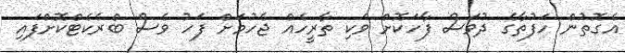
އެގޮތުން ހަފުތާގެ ދުވަސް ފާހަކޮށް ވަކި ތާރީހެއް ޖެހުމަށް ފަހު ވެސް ބްރެކެޓްކޮށްފައި